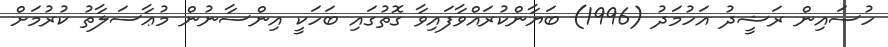
ހުސައިން ރަޝީދު އަހުމަދު (1996) ބަޔާންކުރައްވާފައިވާ ގޮތުގައި ބަހަކީ އިންސާނުން މުޢާސަލާތު ކުރުމަށް